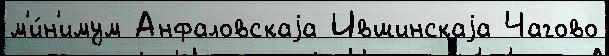
м'и́н'имум Анфаловскаjа Ившинскаjа Чагово